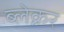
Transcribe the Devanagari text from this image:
ब्लेक्नर